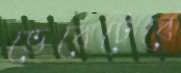
ভেবেটেবে